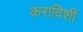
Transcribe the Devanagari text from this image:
कराविशी